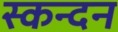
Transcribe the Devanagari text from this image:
स्कन्दन